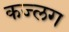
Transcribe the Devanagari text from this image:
कज्लग